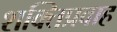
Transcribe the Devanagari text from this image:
शक्तिप्रवाह